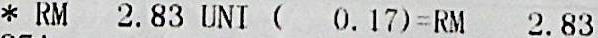
* RM 2.83 UNI ( 0.17)=RM 2.83